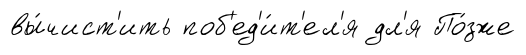
вы́чист'ить поб'ед'и́т'ел'я дл'я По́зже